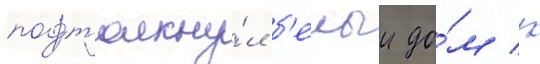
подтолкну́л б'елыи до́м к